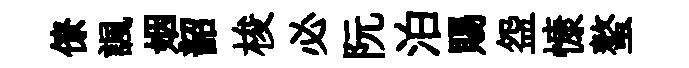
僚諷姻韶梭必阮泊賜盌慷螯